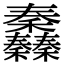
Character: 䆐